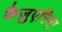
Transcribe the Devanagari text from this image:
कैज़ुएरिना